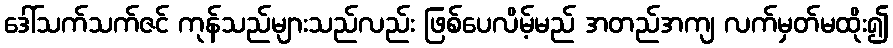
ဒေါ်သက်သက်ဇင် ကုန်သည်များသည်လည်း ဖြစ်ပေလိမ့်မည် အတည်အကျ လက်မှတ်မထိုး၍